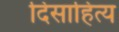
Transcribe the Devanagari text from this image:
दिसाहित्य